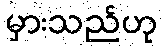
မှားသည်ဟု